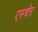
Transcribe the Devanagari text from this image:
एस्चेर